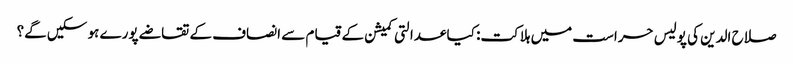
صلاح الدین کی پولیس حراست میں ہلاکت: کیا عدالتی کمیشن کے قیام سے انصاف کے تقاضے پورے ہو سکیں گے؟